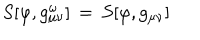
S [ \varphi , g _ { \mu \nu } ^ { \omega } ] \, = \, S [ \varphi , g _ { \mu \nu } ]